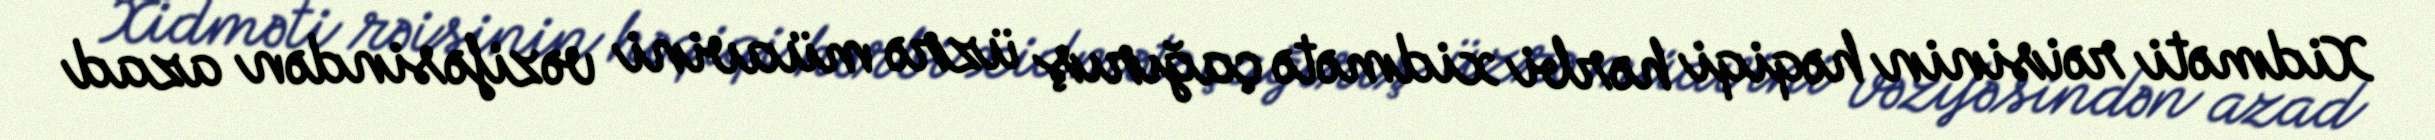
Xidməti rəisinin həqiqi hərbi xidmətə çağırış üzrə müavini vəzifəsindən azad